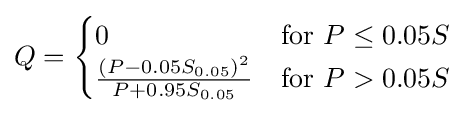
Q={\begin{cases}0&{\text{for }}P\leq 0.05S\\{\frac {(P-0.05S_{0.05})^{2}}{P+0.95S_{0.05}}}&{\text{for }}P>0.05S\end{cases}}